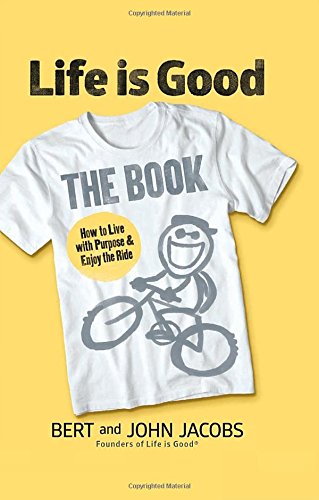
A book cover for Life is Good: The Book; Bert Jacobs; Self-Help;